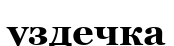
уздечка